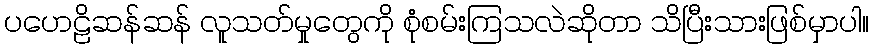
ပဟေဠိဆန်ဆန် လူသတ်မှုတွေကို စုံစမ်းကြသလဲဆိုတာ သိပြီးသားဖြစ်မှာပါ။